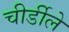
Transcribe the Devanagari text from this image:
चीर्डीले